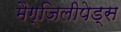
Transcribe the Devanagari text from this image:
मैग्जिलीपेड्स